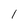
Character: 1